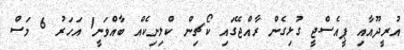
އުރީދޫއާއި ޕީއެސްޖީ ގުޅިގެން ރާއްޖޭގައި ކޯޗިން ކްލިނިކެއް ބާއްވަނީ1 އަހަރު 6 މަސް